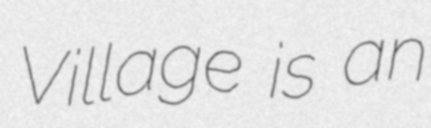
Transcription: Village is an